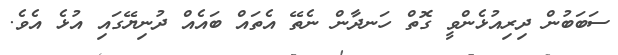
ސަބަބުން ދިރިއުޅެންވީ ގޮތް ހަނދާން ނެތޭ އެތައް ބައެއް ދުނިޔޭގައި އުޅެ އެވެ.